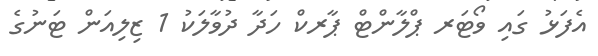
އެފަޅު ގައި ވޯޓަރ ޕްލާންޓް ޕާރކް ހަދާ ދުވާލަކު 1 ޒިލިއަން ޓަނުގެ